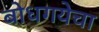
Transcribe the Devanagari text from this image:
बोधगयेचा